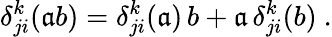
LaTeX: \delta_{ji}^{k}(\mathfrak{a}b)=\delta_{ji}^{k}(\mathfrak{a})\, b+\mathfrak{a}\, \delta_{ji}^{k}(b)~.